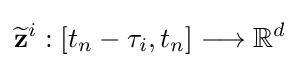
{\widetilde {\mathbf {z} }}^{i}:\left[t_{n}-\tau _{i},t_{n}\right]\longrightarrow \mathbb {R} ^{d}